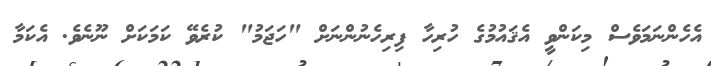
އެހެންނަމަވެސް މިކަންވީ އެޤައުމުގެ ހުރިހާ ފިރިހެނުންނަށް "ހަޖަމު" ކުރެވޭ ކަމަކަށް ނޫނެވެ. އެކަމާ